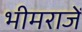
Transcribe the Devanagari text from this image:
भीमराजें